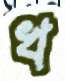
খ